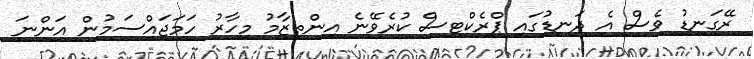
ރޭގަނޑު ވެސް އެ ދަނޑުގައި ޕްރެކްޓިސް ކުރެވޭނެ އިންތިޒާމު މިހާރު ހަމަޖައްސަމުން އަންނަ